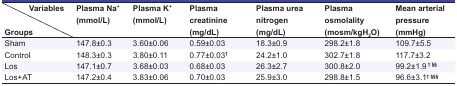
<table><thead><tr><td><b>Variables Groups</b></td><td><b>Plasma Na<sup>+</sup>(mmol/L)</b></td><td><b>Plasma K<sup>+</sup>(mmol/L)</b></td><td><b>Plasma creatinine(mg/dL)</b></td><td><b>Plasma urea nitrogen(mg/dL)</b></td><td><b>Plasma osmolality(mosm/kgH<sub>2</sub>O)</b></td><td><b>Mean arterial pressure(mmHg)</b></td></tr></thead><tbody><tr><td> Sham </td><td> 147.8±0.3 </td><td> 3.60±0.06 </td><td> 0.59±0.03 </td><td> 18.3±0.9 </td><td> 298.2±1.8 </td><td> 109.7±5.5 </td></tr><tr><td> Control </td><td> 148.3±0.3 </td><td> 3.80±0.11 </td><td>0.77±0.03<b><sup>†</sup></b></td><td> 24.2±1.0 </td><td> 302.7±1.8 </td><td> 117.7±3.2 </td></tr><tr><td> Los </td><td> 147.1±0.7 </td><td> 3.68±0.03 </td><td>0.68±0.03<b></b></td><td>26.3±2.7<b></b></td><td> 300.8±2.0 </td><td>99.2±1.9<b><sup> † §§ </sup></b></td></tr><tr><td> Los+AT </td><td> 147.2±0.4 </td><td> 3.83±0.06 </td><td>0.70±0.03<b></b></td><td> 25.9±3.0 </td><td> 298.8±1.5 </td><td>96.6±3.1<b><sup>† §§§</sup></b></td></tr></tbody></table>